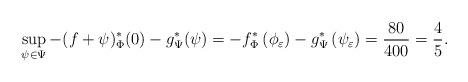
LaTeX: \begin{align*}\sup_{\psi\in \Psi} -(f+\psi)^*_\Phi (0) - g^*_\Psi (\psi) =-f^{*}_\Phi \left(\phi_\varepsilon\right)-g^{*}_\Psi\left(\psi_\varepsilon\right) & =\frac{80}{400}=\frac{4}{5}.\end{align*}